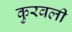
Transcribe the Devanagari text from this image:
कुरवली